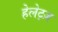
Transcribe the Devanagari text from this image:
हेलेट्ज़